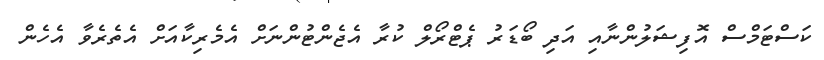
ކަސްޓަމްސް އޮފިޝަލުންނާއި އަދި ބޯޑަރު ޕެޓްރޯލް ކުރާ އެޖެންޓުންނަށް އެމެރިކާއަށް އެތެެރެވާ އެެހެން